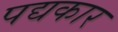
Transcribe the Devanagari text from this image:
पद्यकार